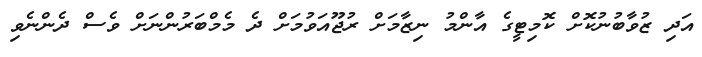
އަދި ޒުވާބުނުކޮށް ކޮމިޓީގެ އާންމު ނިޒާމަށް ރުޖޫއަވުމަށް ދެ މެމްބަރުންނަށް ވެސް ދެންނެވި